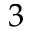
3